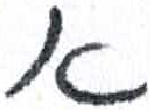
אות: א